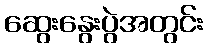
ဆွေးနွေးပွဲအတွင်း